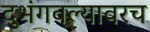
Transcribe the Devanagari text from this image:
दुभंगवल्यावरच